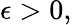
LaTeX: \epsilon>0,